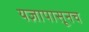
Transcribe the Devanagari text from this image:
यज्ञापासूनच